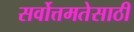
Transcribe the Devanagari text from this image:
सर्वोत्तमतेसाठी